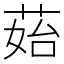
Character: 𦰯